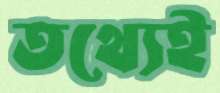
তথ্যেই